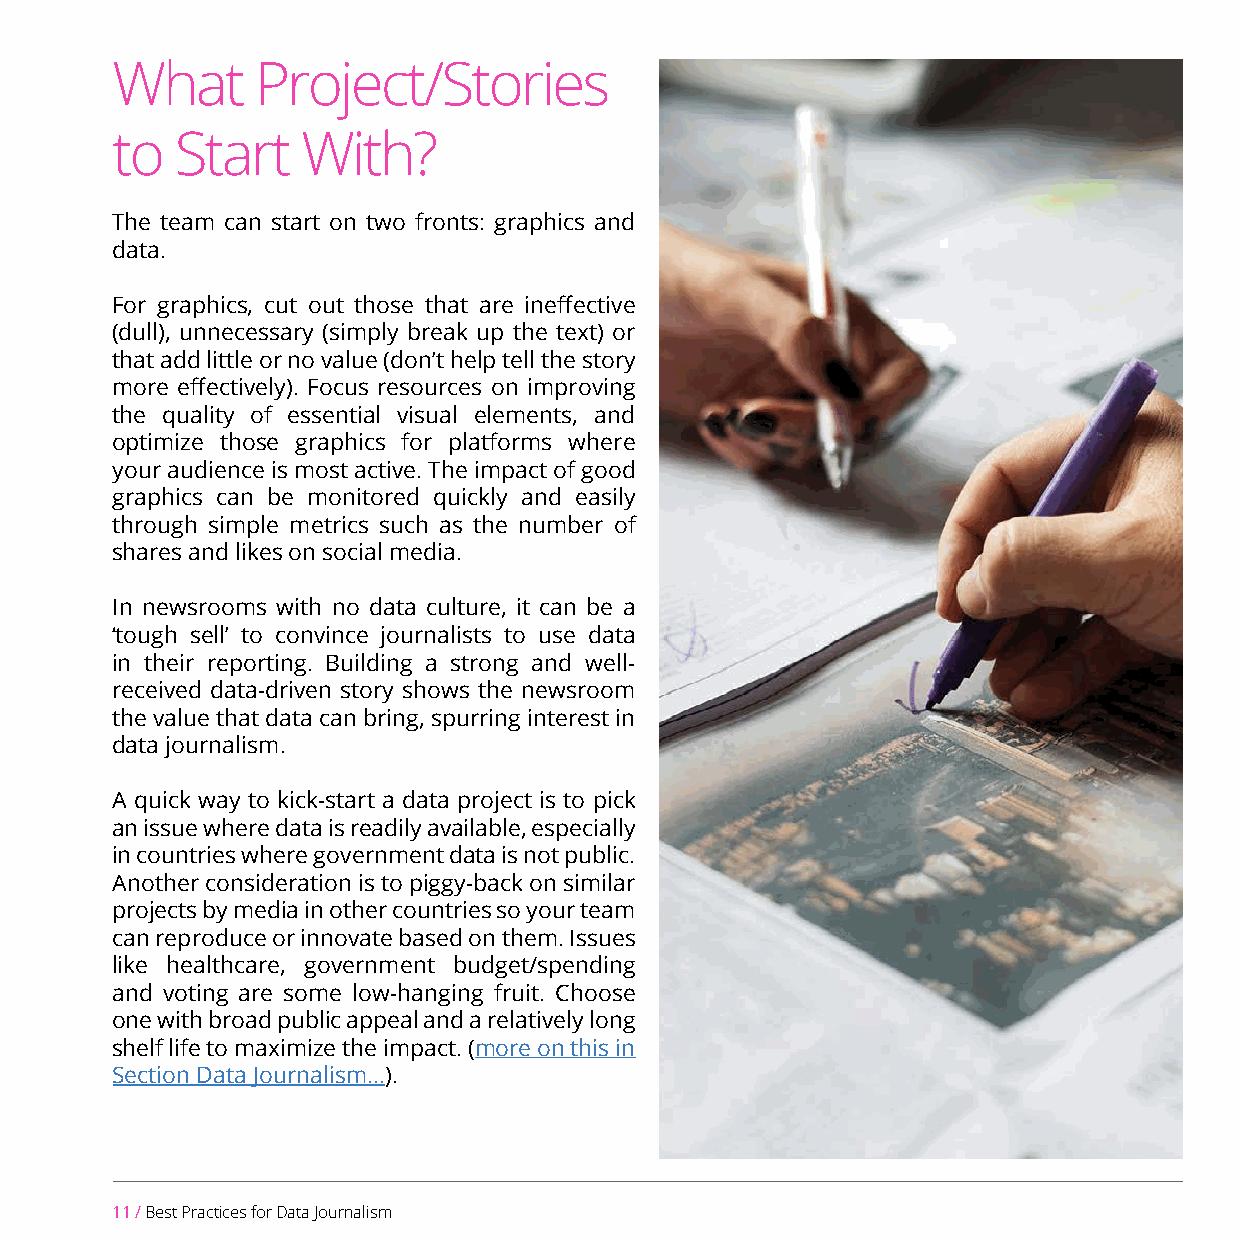
What      Project/Stories
 to   Start   With?
 The team can start on two fronts: graphics and
 data.
 For graphics, cut out those that are ineffective
 (dull), unnecessary (simply break up the text) or
 that add little or no value (don’t help tell the story
 more effectively). Focus resources on improving
 the quality of essential visual elements, and
 optimize those graphics for platforms where
 your audience is most active. The impact of good
 graphics can be monitored quickly and easily
 through simple metrics such as the number of
 shares and likes on social media.
 In newsrooms with no data culture, it can be a
 ‘tough sell’ to convince journalists to use data
 in their reporting. Building a strong and well-
 received data-driven story shows the newsroom
 the value that data can bring, spurring interest in
 data journalism.
 A quick way to kick-start a data project is to pick
 an issue where data is readily available, especially
 in countries where government data is not public.
 Another consideration is to piggy-back on similar
 projects by media in other countries so your team
 can reproduce or innovate based on them. Issues
 like healthcare, government budget/spending
 and voting are some low-hanging fruit. Choose
 one with broad public appeal and a relatively long
 shelf life to maximize the impact. (more on this in
 Section Data Journalism...).
 11 / Best Practices for Data Journalism